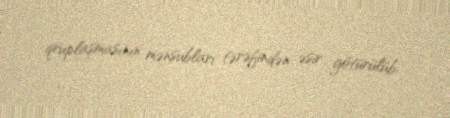
qruplaşmasının mənsubları tərəfindən əsir götürülüb.